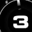
Digit: 3